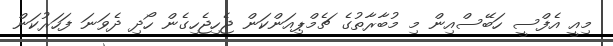
މިއީ އެފްސީ ހަބޭސްއިން މި މުބާރާތުގެ ޗެމްޕިއަންކަން ޖެހިޖެހިގެން ހޯދި ދެވަނަ ފަހަރުކަން